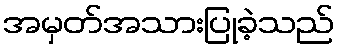
အမှတ်အသားပြုခဲ့သည်